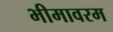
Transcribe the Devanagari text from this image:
भीमावरम